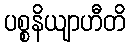
ပစ္စနိယျာဟီတိ